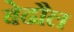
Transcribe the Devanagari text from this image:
बेढौल